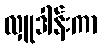
လှူဒါန်းကာ